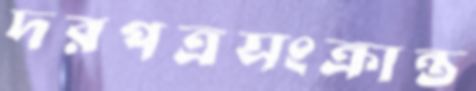
দরপত্রসংক্রান্ত